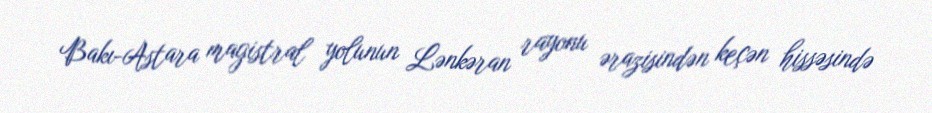
Bakı-Astara magistral yolunun Lənkəran rayonu ərazisindən keçən hissəsində